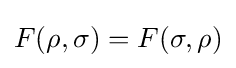
F(\rho ,\sigma )=F(\sigma ,\rho )